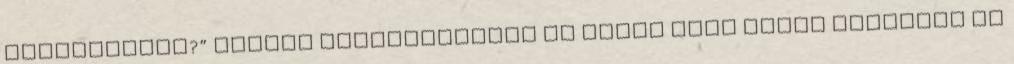
helyzetekre?” Erőtök követelésével és azzal hogy igent mondotok az